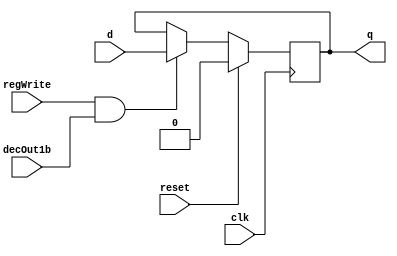
//RegisterFile.v

//D flip-flop implementation
module D_ff( input clk, input reset, input regWrite, input decOut1b , input d, output reg q);
    always @ (negedge clk)
    begin
    if(reset==1)
        q=0;
    else
        if(regWrite == 1 && decOut1b==1)
        begin
            q=d;
        end
    end
endmodule

//32 bit register
module register32bit(input clk, input reset, input regWrite, input decoderOut1bit, input[31:0] writeData, output[31:0] regOut);
//A N-bit register consists of N D flip-flops, each storing a bit of data.
//In this case, there will be 32 instances of D_ff, each taking writeData[0]...[31] as the d input and regOut[0]...[31] as the q output
//WRITE CODE HERE

    D_ff ff0(clk, reset, regWrite, decoderOut1bit, writeData[0], regOut[0]);
    D_ff ff1(clk, reset, regWrite, decoderOut1bit, writeData[1], regOut[1]);
    D_ff ff2(clk, reset, regWrite, decoderOut1bit, writeData[2], regOut[2]);
    D_ff ff3(clk, reset, regWrite, decoderOut1bit, writeData[3], regOut[3]);
    D_ff ff4(clk, reset, regWrite, decoderOut1bit, writeData[4], regOut[4]);
    D_ff ff5(clk, reset, regWrite, decoderOut1bit, writeData[5], regOut[5]);
    D_ff ff6(clk, reset, regWrite, decoderOut1bit, writeData[6], regOut[6]);
    D_ff ff7(clk, reset, regWrite, decoderOut1bit, writeData[7], regOut[7]);
    D_ff ff8(clk, reset, regWrite, decoderOut1bit, writeData[8], regOut[8]);
    D_ff ff9(clk, reset, regWrite, decoderOut1bit, writeData[9], regOut[9]);
    D_ff ff10(clk, reset, regWrite, decoderOut1bit, writeData[10], regOut[10]);
    D_ff ff11(clk, reset, regWrite, decoderOut1bit, writeData[11], regOut[11]);
    D_ff ff12(clk, reset, regWrite, decoderOut1bit, writeData[12], regOut[12]);
    D_ff ff13(clk, reset, regWrite, decoderOut1bit, writeData[13], regOut[13]);
    D_ff ff14(clk, reset, regWrite, decoderOut1bit, writeData[14], regOut[14]);
    D_ff ff15(clk, reset, regWrite, decoderOut1bit, writeData[15], regOut[15]);
    D_ff ff16(clk, reset, regWrite, decoderOut1bit, writeData[16], regOut[16]);
    D_ff ff17(clk, reset, regWrite, decoderOut1bit, writeData[17], regOut[17]);
    D_ff ff18(clk, reset, regWrite, decoderOut1bit, writeData[18], regOut[18]);
    D_ff ff19(clk, reset, regWrite, decoderOut1bit, writeData[19], regOut[19]);
    D_ff ff20(clk, reset, regWrite, decoderOut1bit, writeData[20], regOut[20]);
    D_ff ff21(clk, reset, regWrite, decoderOut1bit, writeData[21], regOut[21]);
    D_ff ff22(clk, reset, regWrite, decoderOut1bit, writeData[22], regOut[22]);
    D_ff ff23(clk, reset, regWrite, decoderOut1bit, writeData[23], regOut[23]);
    D_ff ff24(clk, reset, regWrite, decoderOut1bit, writeData[24], regOut[24]);
    D_ff ff25(clk, reset, regWrite, decoderOut1bit, writeData[25], regOut[25]);
    D_ff ff26(clk, reset, regWrite, decoderOut1bit, writeData[26], regOut[26]);
    D_ff ff27(clk, reset, regWrite, decoderOut1bit, writeData[27], regOut[27]);
    D_ff ff28(clk, reset, regWrite, decoderOut1bit, writeData[28], regOut[28]);
    D_ff ff29(clk, reset, regWrite, decoderOut1bit, writeData[29], regOut[29]);
    D_ff ff30(clk, reset, regWrite, decoderOut1bit, writeData[30], regOut[30]);
    D_ff ff31(clk, reset, regWrite, decoderOut1bit, writeData[31], regOut[31]);

endmodule


//Active high decoder
module decoder_5to32(input[4:0] in, output reg[31:0] decOut);
//WRITE CODE HERE

    always @ (in)
    begin
        
        case (in)
            
            5'b00000 : decOut = 32'b00000000000000000000000000000001;

            5'b00001 : decOut = 32'b00000000000000000000000000000010;

            5'b00010 : decOut = 32'b00000000000000000000000000000100;

            5'b00011 : decOut = 32'b00000000000000000000000000001000;

            5'b00100 : decOut = 32'b00000000000000000000000000010000;

            5'b00101 : decOut = 32'b00000000000000000000000000100000;

            5'b00110 : decOut = 32'b00000000000000000000000001000000;

            5'b00111 : decOut = 32'b00000000000000000000000010000000;

            5'b01000 : decOut = 32'b00000000000000000000000100000000;

            5'b01001 : decOut = 32'b00000000000000000000001000000000;

            5'b01010 : decOut = 32'b00000000000000000000010000000000;

            5'b01011 : decOut = 32'b00000000000000000000100000000000;

            5'b01100 : decOut = 32'b00000000000000000001000000000000;

            5'b01101 : decOut = 32'b00000000000000000010000000000000;

            5'b01110 : decOut = 32'b00000000000000000100000000000000;

            5'b01111 : decOut = 32'b00000000000000001000000000000000;

            5'b10000 : decOut = 32'b00000000000000010000000000000000;

            5'b10001 : decOut = 32'b00000000000000100000000000000000;

            5'b10010 : decOut = 32'b00000000000001000000000000000000;

            5'b10011 : decOut = 32'b00000000000010000000000000000000;

            5'b10100 : decOut = 32'b00000000000100000000000000000000;

            5'b10101 : decOut = 32'b00000000001000000000000000000000;

            5'b10110 : decOut = 32'b00000000010000000000000000000000;

            5'b10111 : decOut = 32'b00000000100000000000000000000000;

            5'b11000 : decOut = 32'b00000001000000000000000000000000;

            5'b11001 : decOut = 32'b00000010000000000000000000000000;

            5'b11010 : decOut = 32'b00000100000000000000000000000000;

            5'b11011 : decOut = 32'b00001000000000000000000000000000;

            5'b11100 : decOut = 32'b00010000000000000000000000000000;

            5'b11101 : decOut = 32'b00100000000000000000000000000000;

            5'b11110 : decOut = 32'b01000000000000000000000000000000;

            5'b11111 : decOut = 32'b10000000000000000000000000000000;

            

            default : decOut = 32'b00000000000000000000000000000000;
        endcase
        
    end
  
endmodule

// select 0 = in0 1 = in1
module mux2to1_5bit(input [4:0] in0, input [4:0] in1, input select, output reg [4:0] muxOut);   
    //WRITE CODE HERE
    always @ (in0 or in1 or select)
    begin

        	case (select)
			1'b0 : muxOut = in0;
			1'b1 : muxOut = in1;
			default : muxOut = 5'bxxxxx;

		    endcase
	end
	
endmodule

module mux32to1_32bit(input[31:0] in0, input[31:0] in1, input[31:0] in2, input[31:0] in3, input[31:0] in4, input[31:0] in5, input[31:0] in6, input[31:0] in7,
    input[31:0] in8, input[31:0] in9, input[31:0] in10, input[31:0] in11, input[31:0] in12, input[31:0] in13, input[31:0] in14, input[31:0] in15,
    input[31:0] in16, input[31:0] in17, input[31:0] in18, input[31:0] in19, input[31:0] in20, input[31:0] in21, input[31:0] in22, input[31:0] in23,
    input[31:0] in24, input[31:0] in25, input[31:0] in26, input[31:0] in27, input[31:0] in28, input[31:0] in29, input[31:0] in30, input[31:0] in31,input[4:0] select,output reg[31:0] muxOut);
   //WRITE CODE HERE

    always @ (in0 or in1 or in2 or in3 or in4 or in5 or in6 or in7 or in8 or in9 or in10 or in11 or in12 or in13 or in14 or in15 or in16 or in17 or in18 or in19 or in20 or in21 or in22 or in23 or in24 or in25 or in26 or in27 or in28 or in29 or in30 or in31 or select) 
    begin 
        case (select)

            5'b00000 : muxOut = in0;

            5'b00001 : muxOut = in1;

            5'b00010 : muxOut = in2;

            5'b00011 : muxOut = in3;

            5'b00100 : muxOut = in4;

            5'b00101 : muxOut = in5;

            5'b00110 : muxOut = in6;

            5'b00111 : muxOut = in7;

            5'b01000 : muxOut = in8;

            5'b01001 : muxOut = in9;

            5'b01010 : muxOut = in10;

            5'b01011 : muxOut = in11;

            5'b01100 : muxOut = in12;

            5'b01101 : muxOut = in13;

            5'b01110 : muxOut = in14;

            5'b01111 : muxOut = in15;

            5'b10000 : muxOut = in16;

            5'b10001 : muxOut = in17;

            5'b10010 : muxOut = in18;

            5'b10011 : muxOut = in19;

            5'b10100 : muxOut = in20;

            5'b10101 : muxOut = in21;

            5'b10110 : muxOut = in22;

            5'b10111 : muxOut = in23;

            5'b11000 : muxOut = in24;

            5'b11001 : muxOut = in25;

            5'b11010 : muxOut = in26;

            5'b11011 : muxOut = in27;

            5'b11100 : muxOut = in28;

            5'b11101 : muxOut = in29;

            5'b11110 : muxOut = in30;

            5'b11111 : muxOut = in31;


        endcase


    end
	
endmodule

//register set with 32 registers
module registerSet(input clk, input reset, input regWrite, input[31:0] decoderOut, input[31:0] writeData, 
    output [31:0] outR0, output[31:0] outR1, output[31:0] outR2, output[31:0] outR3, output[31:0] outR4, output[31:0] outR5, output[31:0] outR6, output[31:0] outR7,
    output [31:0] outR8, output[31:0] outR9, output[31:0] outR10, output[31:0] outR11, output[31:0] outR12, output[31:0] outR13, output[31:0] outR14, output[31:0] outR15,
    output [31:0] outR16, output[31:0] outR17, output[31:0] outR18, output[31:0] outR19, output[31:0] outR20, output[31:0] outR21, output[31:0] outR22, output[31:0] outR23,
    output [31:0] outR24, output[31:0] outR25, output[31:0] outR26, output[31:0] outR27, output[31:0] outR28, output[31:0] outR29, output[31:0] outR30, output[31:0] outR31);
    //WRITE CODE HERE

    // clk common
    // reset common
    // regWrite
    // pass appropriate decoderOut[i]
    // common writedata
    //appropriate outRi

    //register32bit r1(clk, reset, regWrite, decoderOut[i], writeData, outRi);
    // Generated using C++ code

    register32bit r0 ( clk, reset, regWrite, decoderOut[0], writeData, outR0 ); 
    register32bit r1 ( clk, reset, regWrite, decoderOut[1], writeData, outR1 ); 
    register32bit r2 ( clk, reset, regWrite, decoderOut[2], writeData, outR2 ); 
    register32bit r3 ( clk, reset, regWrite, decoderOut[3], writeData, outR3 ); 
    register32bit r4 ( clk, reset, regWrite, decoderOut[4], writeData, outR4 ); 
    register32bit r5 ( clk, reset, regWrite, decoderOut[5], writeData, outR5 ); 
    register32bit r6 ( clk, reset, regWrite, decoderOut[6], writeData, outR6 ); 
    register32bit r7 ( clk, reset, regWrite, decoderOut[7], writeData, outR7 ); 
    register32bit r8 ( clk, reset, regWrite, decoderOut[8], writeData, outR8 ); 
    register32bit r9 ( clk, reset, regWrite, decoderOut[9], writeData, outR9 ); 
    register32bit r10 ( clk, reset, regWrite, decoderOut[10], writeData, outR10 ); 
    register32bit r11 ( clk, reset, regWrite, decoderOut[11], writeData, outR11 ); 
    register32bit r12 ( clk, reset, regWrite, decoderOut[12], writeData, outR12 ); 
    register32bit r13 ( clk, reset, regWrite, decoderOut[13], writeData, outR13 ); 
    register32bit r14 ( clk, reset, regWrite, decoderOut[14], writeData, outR14 ); 
    register32bit r15 ( clk, reset, regWrite, decoderOut[15], writeData, outR15 ); 
    register32bit r16 ( clk, reset, regWrite, decoderOut[16], writeData, outR16 ); 
    register32bit r17 ( clk, reset, regWrite, decoderOut[17], writeData, outR17 ); 
    register32bit r18 ( clk, reset, regWrite, decoderOut[18], writeData, outR18 ); 
    register32bit r19 ( clk, reset, regWrite, decoderOut[19], writeData, outR19 ); 
    register32bit r20 ( clk, reset, regWrite, decoderOut[20], writeData, outR20 ); 
    register32bit r21 ( clk, reset, regWrite, decoderOut[21], writeData, outR21 ); 
    register32bit r22 ( clk, reset, regWrite, decoderOut[22], writeData, outR22 ); 
    register32bit r23 ( clk, reset, regWrite, decoderOut[23], writeData, outR23 ); 
    register32bit r24 ( clk, reset, regWrite, decoderOut[24], writeData, outR24 ); 
    register32bit r25 ( clk, reset, regWrite, decoderOut[25], writeData, outR25 ); 
    register32bit r26 ( clk, reset, regWrite, decoderOut[26], writeData, outR26 ); 
    register32bit r27 ( clk, reset, regWrite, decoderOut[27], writeData, outR27 ); 
    register32bit r28 ( clk, reset, regWrite, decoderOut[28], writeData, outR28 ); 
    register32bit r29 ( clk, reset, regWrite, decoderOut[29], writeData, outR29 ); 
    register32bit r30 ( clk, reset, regWrite, decoderOut[30], writeData, outR30 ); 
    register32bit r31 ( clk, reset, regWrite, decoderOut[31], writeData, outR31 ); 


endmodule

module registerFile(input clk, input reset, input regWrite, input[4:0] rs, input[4:0] rt, input[4:0] rd0, input[4:0] rd1, input[31:0] writeData, input select, output[31:0] regRs, output[31:0] regRt);
    //WRITE CODE HERE

    wire[4:0] decoder_input;

    mux2to1_5bit entrymux (rd0, rd1, select, decoder_input);

    wire[31:0] decoder_output;

    decoder_5to32 d (decoder_input, decoder_output);


    wire[31:0] outR0;
    wire[31:0] outR1;
    wire[31:0] outR2;
    wire[31:0] outR3;
    wire[31:0] outR4;
    wire[31:0] outR5;
    wire[31:0] outR6;
    wire[31:0] outR7;
    wire[31:0] outR8;
    wire[31:0] outR9;
    wire[31:0] outR10;
    wire[31:0] outR11;
    wire[31:0] outR12;
    wire[31:0] outR13;
    wire[31:0] outR14;
    wire[31:0] outR15;
    wire[31:0] outR16;
    wire[31:0] outR17;
    wire[31:0] outR18;
    wire[31:0] outR19;
    wire[31:0] outR20;
    wire[31:0] outR21;
    wire[31:0] outR22;
    wire[31:0] outR23;
    wire[31:0] outR24;
    wire[31:0] outR25;
    wire[31:0] outR26;
    wire[31:0] outR27;
    wire[31:0] outR28;
    wire[31:0] outR29;
    wire[31:0] outR30;
    wire[31:0] outR31;

    //wire[31:0] sout;
    //wire[31:0] tout;

    registerSet rset (clk, reset, regWrite, decoder_output, writeData, outR0, outR1, outR2, outR3, outR4, outR5, outR6, outR7, outR8, outR9, outR10, outR11, outR12, outR13, outR14, outR15, outR16, outR17, outR18, outR19, outR20, outR21, outR22, outR23, outR24, outR25, outR26, outR27, outR28, outR29, outR30, outR31);

    mux32to1_32bit s (outR0, outR1, outR2, outR3, outR4, outR5, outR6, outR7, outR8, outR9, outR10, outR11, outR12, outR13, outR14, outR15, outR16, outR17, outR18, outR19, outR20, outR21, outR22, outR23, outR24, outR25, outR26, outR27, outR28, outR29, outR30, outR31, rs, regRs);
    mux32to1_32bit t (outR0, outR1, outR2, outR3, outR4, outR5, outR6, outR7, outR8, outR9, outR10, outR11, outR12, outR13, outR14, outR15, outR16, outR17, outR18, outR19, outR20, outR21, outR22, outR23, outR24, outR25, outR26, outR27, outR28, outR29, outR30, outR31, rt, regRt);


endmodule


module testbench();
    //inputs
    reg clk,reset,regWrite,select;
    reg [4:0] rs,rt,rd1,rd0;
    reg [31:0] writeData;
    //outputs
    wire [31:0] outR0;
    wire [31:0] outR1;
    //instantiate module
    registerFile uut(clk,reset,regWrite,rs,rt,rd0,rd1,writeData,select,outR0,outR1);

    always begin #5 clk=~clk; end
    initial
    begin 
        $dumpfile("2018A7PS0235G_Lab2.vcd"); //replace yourID with your BITS ID here
        $dumpvars(0,testbench);
        clk=0; reset=1; rs=5'd0; rt=5'd1; rd1=5'd0; rd0=5'd2; //reset is active high, so outR0 and outR1 will be 0
        #5 reset=0; select=1; regWrite=1; rd1=5'd1; writeData=32'd1; //1 is written to register 1, since regWrite is active and rd1 is selected
        #10 rd1=5'd3; writeData=32'd3; //3 is written to register 3
        #10 rd1=5'd10; writeData=32'd10; rs=5'd1; rt=5'd3; //10 is written to register 10, outR0 is 1 and outR1 is 3 (values of reg1 and reg3)
        #10 rd1=5'd27; writeData=32'd27; rs=5'd0; rt=5'd10; //27 is written to register 27, outR0 is 0 and outR1 is 10
        #10 select=0; writeData=32'd21; //21 is written to register 2 since select now selects rd0
        #10 rd0=5'd4; writeData=32'd4; //4 is written to register 4
        #10 rd0=5'd16; writeData=32'd16; //16 is written to register 16
        #10 regWrite=0; rs=5'd0; rt=5'd1; //regWrite is 0, no more values will be written. outR0 is 0 and outR1 is 1
        #10 rs=5'd3;rt=5'd2; //outR0 is 3 and outR1 is 21
        #10 rs=5'd10;rt=5'd4; //outR0 is 10 and outR1 is 4
        #10 rs=5'd27;rt=5'd16; //outR0 is 27 and outR1 is 16
        #10 $finish;
    end
endmodule